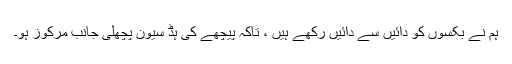
ہم نے بکسوں کو دائیں سے دائیں رکھے ہیں ، تاکہ پیچھے کی ہڈ سیون پچھلی جانب مرکوز ہو۔